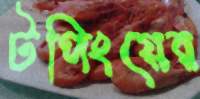
টপিংয়ের